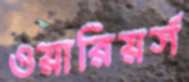
ওয়ারিয়র্স